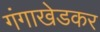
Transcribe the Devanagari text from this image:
गंगाखेडकर